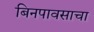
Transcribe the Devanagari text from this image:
बिनपावसाचा